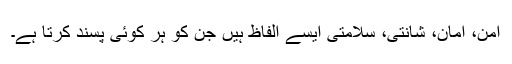
امن، امان، شانتی، سلامتی ایسے الفاظ ہیں جن کو ہر کوئی پسند کرتا ہے۔